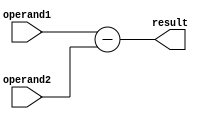
module Subtractor (
    input [7:0] operand1,
    input [7:0] operand2,
    output reg [7:0] result
);

always @(*) begin
    result = operand1 - operand2;
end

endmodule